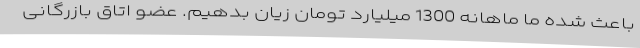
باعث شده ما ماهانه 1300 میلیارد تومان زیان بدهیم. عضو اتاق بازرگانی